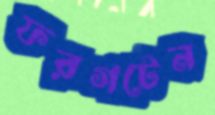
ফরগটেন